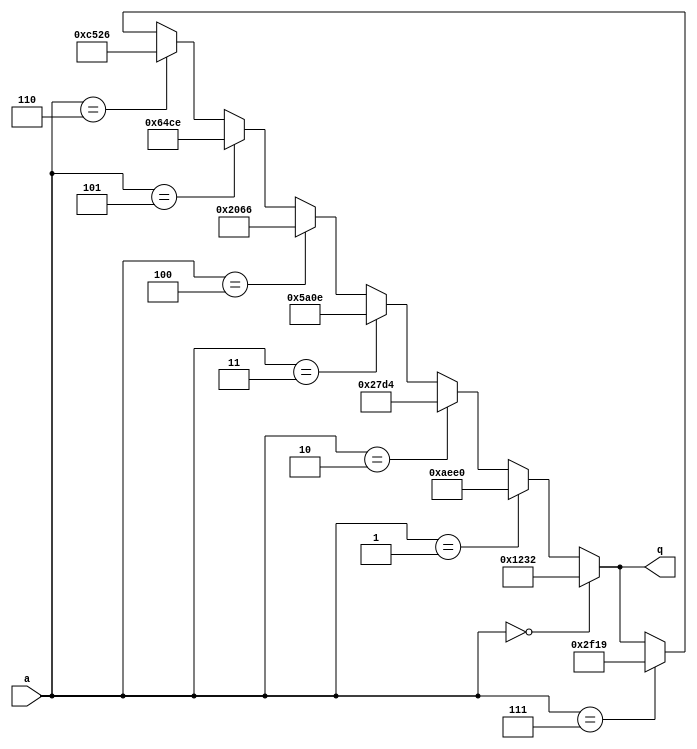
module top_module (
    input [2:0] a,
    output [15:0] q ); 

    assign q = a == 0? 16'h1232: a==1? 16'haee0: a==2? 16'h27d4: a==3? 16'h5a0e: a==4? 16'h2066: a==5? 16'h64ce: a==6? 16'hc526: a==7? 16'h2f19: q;
endmodule